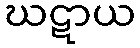
ဃဋာယ